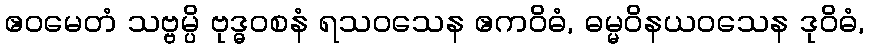
ဧဝမေတံ သဗ္ဗမ္ပိ ဗုဒ္ဓဝစနံ ရသဝသေန ဧကဝိဓံ, ဓမ္မဝိနယဝသေန ဒုဝိဓံ,